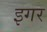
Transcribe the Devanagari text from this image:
इगर